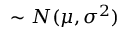
\sim N ( \mu , \sigma ^ { 2 } )